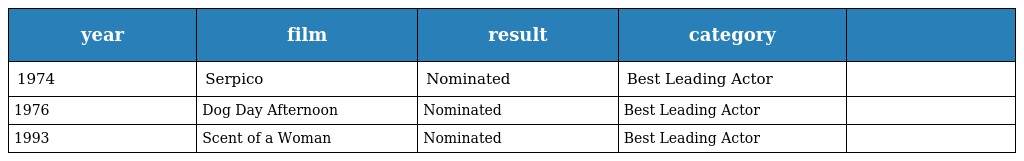
| year | film | result | category |  |
 | --- | --- | --- | --- | --- |
 | 1974 | Serpico | Nominated | Best Leading Actor |  |
 | 1976 | Dog Day Afternoon | Nominated | Best Leading Actor |  |
 | 1993 | Scent of a Woman | Nominated | Best Leading Actor |  |